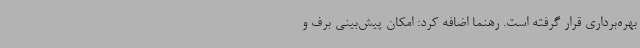
بهره‌برداری قرار گرفته است. رهنما اضافه کرد: امکان پیش‌بینی برف و